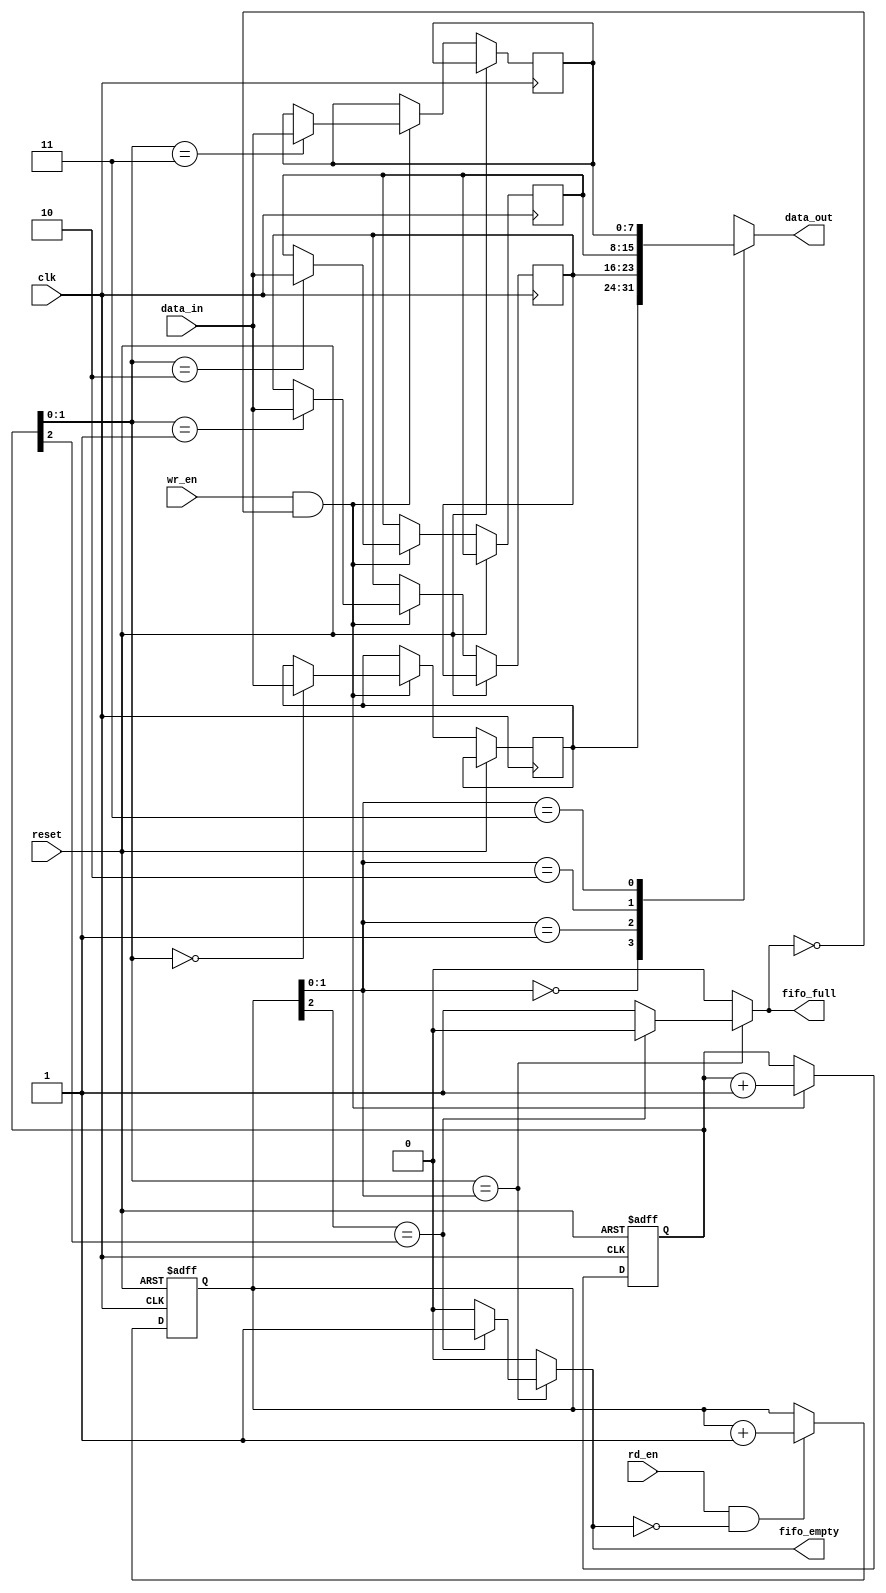
module zrb_sync_fifo
/*
zrb_sync_fifo #(2,8) instance_name (
    RESET,
    WR_CLK,
    WR_EN,
    WR_DATA[7:0],
    RD_EN,
    RD_DATA[7:0],
    FIFO_FULL,
    FIFO_EMPTY
    );
*/
    #(parameter ADDR_WIDTH = 2, DATA_WIDTH = 8)
    (
    input   wire                            reset,

    input   wire                            clk,
    input   wire                            wr_en,
    input   wire    [ (DATA_WIDTH-1) :  0 ] data_in,

    input   wire                            rd_en,
    output  wire    [ (DATA_WIDTH-1) :  0 ] data_out,

    output  wire                            fifo_full,
    output  wire                            fifo_empty
    );
localparam DEPTH = 1 << ADDR_WIDTH;
reg     [ (ADDR_WIDTH) :  0 ] wr_ptr = {(ADDR_WIDTH+1){1'b0}};
reg     [ (ADDR_WIDTH) :  0 ] rd_ptr = {(ADDR_WIDTH+1){1'b0}};
wire    [ (ADDR_WIDTH-1) :  0 ] wr_loc = wr_ptr[ (ADDR_WIDTH-1) :  0 ];
wire    [ (ADDR_WIDTH-1) :  0 ] rd_loc = rd_ptr[ (ADDR_WIDTH-1) :  0 ];

reg     [ (DATA_WIDTH-1) :  0 ] mem [ (DEPTH-1) :  0 ];

reg full = 1'b0;
reg empty = 1'b0;
assign data_out = mem[rd_loc];
assign fifo_empty = empty;
assign fifo_full = full;

always@(wr_ptr or rd_ptr)
begin
    full <= 1'b0;
    empty <= 1'b0;
    if(wr_ptr[ (ADDR_WIDTH-1) :  0 ] == rd_ptr[ (ADDR_WIDTH-1) :  0 ])
        if(rd_ptr[ADDR_WIDTH] == wr_ptr[ADDR_WIDTH])
            empty <= 1'b1;
        else
            full <= 1'b1;
end

always@(posedge clk or posedge reset)
if(reset)
begin
    wr_ptr <= {(ADDR_WIDTH+1){1'b0}};
    rd_ptr <= {(ADDR_WIDTH+1){1'b0}};
end
else
begin
    if(wr_en & !fifo_full)
    begin
        mem[wr_loc] <= data_in;
        wr_ptr <= wr_ptr + 1'b1;
    end
    
    if(rd_en & !fifo_empty)
        rd_ptr <= rd_ptr + 1'b1;
end
endmodule


module zrb_baud_generator
/*
zrb_baud_generator #(INPUT_CLK,BAUD) instance_name(input_clk, baud_clk, baud_clk_8);
*/
    #(parameter INPUT_CLK = 50000000, parameter BAUD = 9600)
    (
    input   wire                clk,
    output  wire                baud_clk_tx_en,
    output  wire                baud_clk_rx_en
    );
localparam BAUD_RX = 8*BAUD;
reg     [ 28 :  0 ] r_tx = 29'b0;
reg     [ 28 :  0 ] r_rx = 29'b0;
wire    [ 28 :  0 ] inc_tx = r_tx[28] ? (BAUD) : (BAUD-INPUT_CLK);
wire    [ 28 :  0 ] inc_rx = r_rx[28] ? (BAUD_RX) : (BAUD_RX-INPUT_CLK);
wire    [ 28 :  0 ] tx_tic = r_tx + inc_tx;
wire    [ 28 :  0 ] rx_tic = r_rx + inc_rx;
always@(posedge clk)
begin
    r_tx <= tx_tic;
    r_rx <= rx_tic;
end
assign baud_clk_tx_en = ~r_tx[28];
assign baud_clk_rx_en = ~r_rx[28];
endmodule


module zrb_uart_tx
/*
zrb_uart_tx #(8,"NO",1) instance_name(
    CLK,
    CLK_EN, //BAUD RATE
    RESET,
    NEW_DATA,
    INPUT_DATA[7:0],
    OUTPUT_TX,
    OUTPUT_BUSY,
	READ
    );
*/
    #(parameter NUM_BITS = 4'd8, parameter PARITY = "NO", parameter STOP_BIT = 4'd1)
    (
    input   wire                clk,
    input   wire                clk_en,
    input   wire                reset,
    input   wire                new_data,
    input   wire    [  7 :  0 ] data,

    output  wire                tx,
    output  wire                busy,
    output	wire                read
    );
localparam START_BIT = 4'd1;
localparam WIDTH =  PARITY == "NO"   ?  NUM_BITS + START_BIT + STOP_BIT :
                    PARITY == "EVEN" ?  NUM_BITS + START_BIT + STOP_BIT + 1 :
                    PARITY == "ODD"  ?  NUM_BITS + START_BIT + STOP_BIT + 1 : 1;

reg     [  8 :  0 ] r_data = 9'b0;
reg     [  3 :  0 ] r_cnt = 4'b0;
reg                 r_tx = 1'b1;
reg                 r_rd = 1'b0;

wire                sending = |r_cnt;
assign              busy = sending;
assign              tx = r_tx;
assign				read = r_rd;

always@(posedge clk)
if(reset)
begin
    r_tx <= 1'b1;
    r_cnt <= 4'b0;
    r_data <= 9'b0;
	r_rd <= 1'b0;
end
else
begin
	r_rd <= 1'b0;
    if(new_data & ~busy)
    begin
		r_rd <= 1'b1;
        r_data <= {data, 1'b0};
        r_cnt <= WIDTH;
    end
    
    if(sending & clk_en)
    begin
        {r_data, r_tx} <= {1'b1, r_data};
        r_cnt <= r_cnt - 1'b1;
    end
end
endmodule


module zrb_uart_rx
/*
zrb_uart_rx #(8,"NO",1) instance_name(
    INPUT_CLK, //HIGH FREQ
    CLK_EN,
    RESET
    INPUT_RX,
    OUTPUT_DATA[7:0],
    WRITE_EN,
    OUTPUT_BUSY,
    );
*/
    #(parameter [3:0] NUM_BITS = 8, parameter PARITY = "NO", parameter [3:0]STOP_BIT = 1)
    (
    input   wire                clk,
    input   wire                clk_en,
    input   wire                reset,
    
    input   wire                rx,

    output  wire    [  7 :  0 ] data_out,
    output  wire                write_en,
    output  wire                busy
    );

localparam [3:0] START_BIT = 1;
localparam [3:0] WIDTH = PARITY == "NO"   ?     NUM_BITS + START_BIT + STOP_BIT : 
                         PARITY == "EVEN" ?     NUM_BITS + START_BIT + STOP_BIT + 1 :
                         PARITY == "ODD"  ?     NUM_BITS + START_BIT + STOP_BIT + 1 : 1;
reg                 start_sync = 1'b0;
reg                 start_en = 1'b0;
wire                start = ~start_sync & start_en;
reg     [  9 :  0 ] r_data = 10'b0;
reg     [  3 :  0 ] r_cnt = 4'b0;
reg     [  2 :  0 ] clk_en_cnt = 3'b0;
wire                receiving = |r_cnt;
assign              busy = receiving;
assign              write_en = clk_en & r_cnt == 1 & clk_en_cnt == 3'd3;
assign              data_out = r_data[(WIDTH-2)-:8];

always@(posedge clk)
if(reset)
begin
    start_sync <= 1'b0;
    start_en <= 1'b0;
    r_data <= 10'b0;
    r_cnt <= 4'b0;
    clk_en_cnt <= 3'b0;
end
else
begin
    start_sync <= rx;
    start_en <= start_sync;
    
    if(start & ~receiving)
    begin
        r_cnt <= WIDTH;
        clk_en_cnt <= 3'b0;
    end
    if(receiving & clk_en)
    begin   
        clk_en_cnt <= clk_en_cnt + 1'b1;
        if(clk_en_cnt == 3'd3)
        begin
            //r_data <= {r_data[(WIDTH-2):0], rx};
            r_data <= {rx, r_data[(WIDTH-2):1]};
            r_cnt <= r_cnt - 1'b1;
        end
    end
end
endmodule

module zrb_uart_top
/*
zrb_uart_top #(50000000, 115200, 8, "NO", 1)
*/
    #(parameter INPUT_CLK = 50000000, parameter BAUD = 115200, parameter NUM_BITS = 8, parameter PARITY = "NO", parameter STOP_BIT = 1)
    (
    input   wire                clk,
    input   wire                wr,
    input   wire                rd,
    input   wire                uart_in,
    input   wire    [  7 :  0 ] data_in,
    output  wire                uart_out,
    output  wire    [  7 :  0 ] data_out,
    output   wire                rx_isr,
    output   wire                tx_en    
    );

wire baud;
wire baudx8;
zrb_baud_generator #(INPUT_CLK,BAUD) u0(clk, baud, baudx8);

wire [7:0] rx_data;
wire rx_write;
wire rx_busy;
wire rx_full;
wire rx_empty;
zrb_uart_rx #(NUM_BITS, PARITY, STOP_BIT) u1(
    clk,                    //input clock
    baudx8,                 //clock_enable
    1'b0,                   //reset
    uart_in,                //data_in
    rx_data,                //data_out[7:0]
    rx_write,               //write_enable_out
    rx_busy                 //rx_busy_out
    );
zrb_sync_fifo #(2, NUM_BITS) u2(
    1'b0,                   //reset
    clk,                    //write_clock
    rx_write,               //write_enable
    rx_data,                //data_in
    rd,                    //read_enable
    data_out,               //data_out
    rx_full,                //fifo_full_out
    rx_empty                //fifo_empty_out
    );
assign rx_isr = ~rx_empty;
wire [7:0] tx_data;
wire tx_write;
wire tx_read;
wire tx_busy;
wire tx_full;
wire tx_empty;
zrb_sync_fifo #(2,NUM_BITS) u3(
    1'b0,                   //reset
    clk,                    //clock
    wr,                     //write_enable
    data_in,                //data_in
    tx_read,                //read_enable
    tx_data,                //data_out
    tx_full,                //fifo_full_out
    tx_empty                //fifo_empty_out
    );
assign tx_en = ~tx_full;
zrb_uart_tx #(NUM_BITS, PARITY, STOP_BIT) u4(
    clk,                    //input clock
    baud,                   //BAUD RATE
    1'b0,                   //reset
    ~tx_empty,              //write_in
    tx_data,                //input_data[7:0]
    uart_out,               //data_out
    tx_busy,                //tx_busy_out
	tx_read                 //read_enable
    );
endmodule